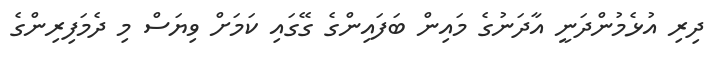
ދިރި އުޅެމުންދަނީ އާދަނުގެ މައިން ބަފައިންގެ ގޭގައި ކަމަށް ވިޔަސް މި ދެމަފިރިންގެ